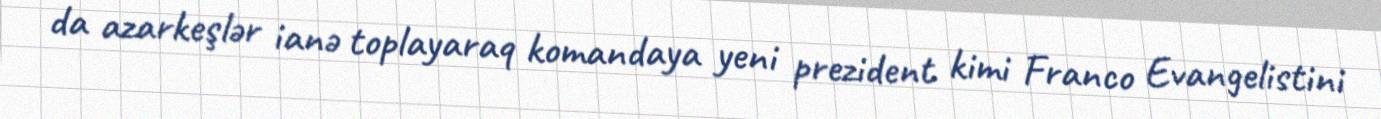
da azarkeşlər ianə toplayaraq komandaya yeni prezident kimi Franco Evangelistini